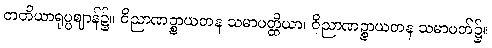
တတိယာရုပ္ပဈာန်၌။ ဝိညာဏဉ္စာယတန သမာပတ္တိယာ၊ ဝိညာဏဉ္စာယတန သမာပတ်၌။